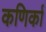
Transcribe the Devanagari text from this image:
कणिर्का